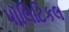
પૉલિટિકલ